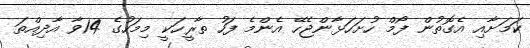
ކަމަށާއި އެގޮތުން ފޯމް ހުށަހަޅާންޖެހޭ އެންމެ ފަހު ތާރީހަކީ މިމަހުގެ 14ވާ އާދިއްތަ